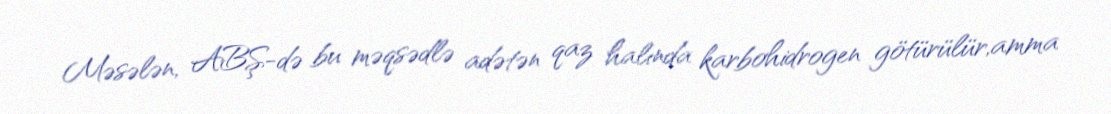
Məsələn, ABŞ-də bu məqsədlə adətən qaz halında karbohidrogen götürülür,amma